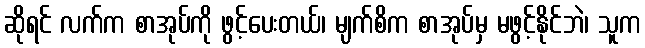
ဆိုရင် လက်က စာအုပ်ကို ဖွင့်ပေးတယ်၊ မျက်စိက စာအုပ်မှ မဖွင့်နိုင်ဘဲ၊ သူက